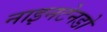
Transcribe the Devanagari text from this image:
नाइनटेनडो